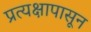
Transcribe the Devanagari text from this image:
प्रत्यक्षापासून